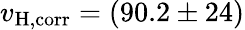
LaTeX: v_{\mathrm{H,corr}}=(90.2\pm 24)